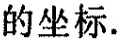
的坐标.